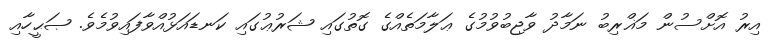
އިރު އޮށްސުން މަޣްރިބު ނަމާދު ވާޖިބުވުމުގެ ޢަލާމަތެއްގެ ގޮތުގައި ޝަރުޢުގައި ކަނޑައަޅުއްވާފައިވުމެވެ. ޞަޙީހާއި